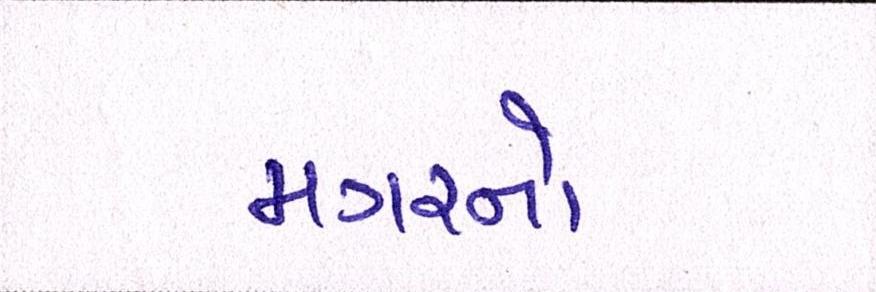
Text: મગરનો